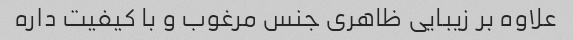
علاوه بر زیبایی ظاهری جنس مرغوب و با کیفیت داره